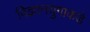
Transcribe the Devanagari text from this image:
विज्ञानयुगाकडे